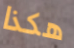
هكذا